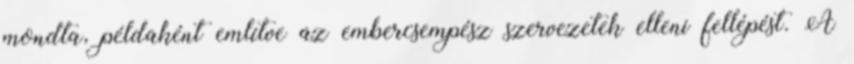
mondta, példaként említve az embercsempész szervezetek elleni fellépést. A